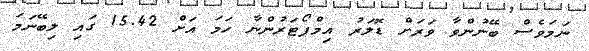
ނަމަވެސް ބޭނުންވާ ވަރަށް ޑޮލަރު އިމްޕޯޓަރުންނާ ހަމަ އަށް 15.42 ގައި ލިބޭނަމަ